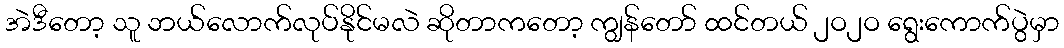
အဲဒီတော့ သူ ဘယ်လောက်လုပ်နိုင်မလဲ ဆိုတာကတော့ ကျွန်တော် ထင်တယ် ၂ဝ၂ဝ ရွေးကောက်ပွဲမှာ